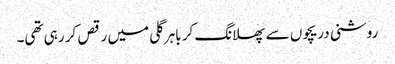
روشنی دریچوں سے پھلانگ کر باہر گلی میں رقص کر رہی تھی۔